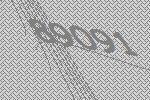
89091